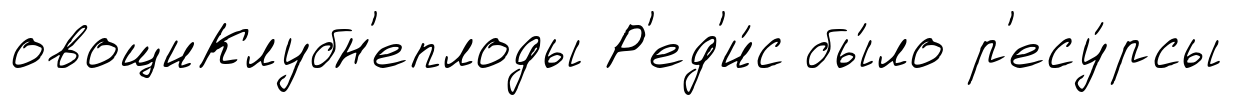
овощиКлубн'еплоды Р'ед'и́с бы́ло р'есу́рсы